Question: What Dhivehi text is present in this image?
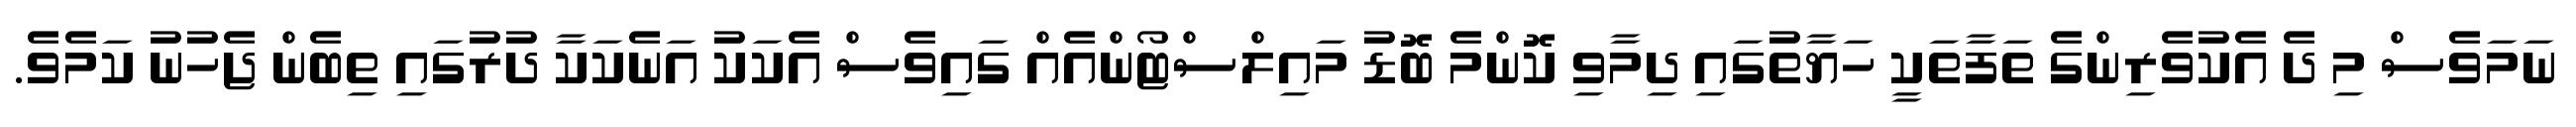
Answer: ނަމަވެސް މި ދެ އެކުވެރިންގެ ތަފާތަކީ ހަޔާތުގައި ދިމާވި ކޮންމެ ބޮޑު މައިލްސްޓޯންއެއް ގައިވެސް އެކަކު އަނެކަކާ ދުރުގައި ތިބެން ޖެހުނު ކަމެވެ.